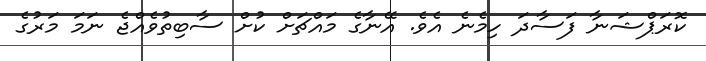
ކޮރަޕްޝަނާ ފަސާދަ ހިމެނެ އެވެ. އޭނާގެ މައްޗަށް ކުށް ސާބިތުވެއްޖެ ނަމަ މަރުގެ